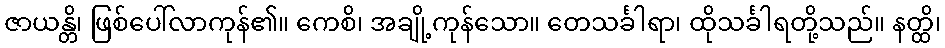
ဇာယန္တိ၊ ဖြစ်ပေါ်လာကုန်၏။ ကေစိ၊ အချို့ကုန်သော။ တေသင်္ခါရာ၊ ထိုသင်္ခါရတို့သည်။ နတ္ထိ၊